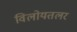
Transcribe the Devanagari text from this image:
विलोयतलर